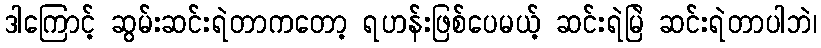
ဒါကြောင့် ဆွမ်းဆင်းရဲတာကတော့ ရဟန်းဖြစ်ပေမယ့် ဆင်းရဲမြဲ ဆင်းရဲတာပါဘဲ၊